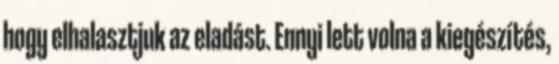
hogy elhalasztjuk az eladást. Ennyi lett volna a kiegészítés,